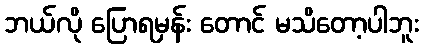
ဘယ်လို ပြောရမှန်း တောင် မသိတော့ပါဘူး